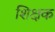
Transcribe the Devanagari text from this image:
शिक्षक